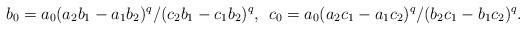
LaTeX: \begin{align*}b_0 = a_0(a_2 b_1 - a_1 b_2)^q/(c_2 b_1 - c_1 b_2)^q,\;\, c_0 = a_0(a_2 c_1 - a_1 c_2)^q/(b_2 c_1 - b_1 c_2)^q. \end{align*}